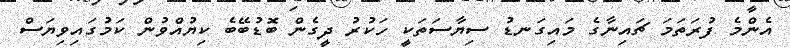
އެންމެ ފުރަތަމަ ޗައިނާގެ މައިގަނޑު ސިޔާސަތަކީ ހަކުރު ދީގެން ބޮޑުބޭބެ ކިޔުއްވުން ކަމުގައިވިޔަސް